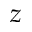
z